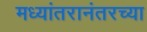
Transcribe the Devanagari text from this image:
मध्यांतरानंतरच्या